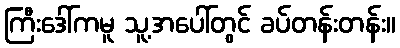
ကြီးဒေါ်ကမူ သူ့အပေါ်တွင် ခပ်တန်းတန်း။